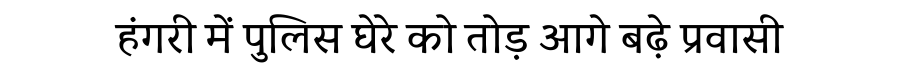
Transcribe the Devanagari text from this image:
हंगरी में पुलिस घेरे को तोड़ आगे बढ़े प्रवासी